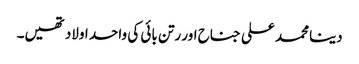
دینا محمد علی جناح اور رتن بائی کی واحد اولاد تھیں۔